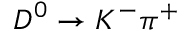
D ^ { 0 } \to K ^ { - } \pi ^ { + }